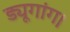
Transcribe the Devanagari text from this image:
ड्यूगांग।